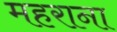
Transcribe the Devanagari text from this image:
महराना